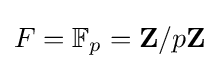
F=\mathbb {F} _{p}=\mathbf {Z} /p\mathbf {Z}